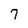
Character: 7